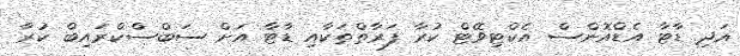
އަދި ޑާޓާ އެޑްއޮންސް އެކްޓިވޭޓް ކުރާ ފަރާތްތަކާއި ޑާޓާ އަށް ސަބްސްކްރައިބް ކުރާ